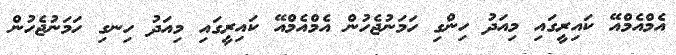
އެމްއެމްއޭ ކައިރީގައި މިއަދު ހިންގި ހަމަނުޖެހުން އެމްއެމްއޭ ކައިރީގައި މިއަދު ހިނގި ހަމަނުޖެހުން